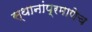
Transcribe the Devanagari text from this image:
स्थानांप्रमाणेच